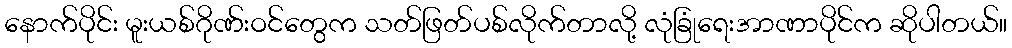
နောက်ပိုင်း မူးယစ်ဂိုဏ်းဝင်တွေက သတ်ဖြတ်ပစ်လိုက်တာလို့ လုံခြုံရေးအာဏာပိုင်က ဆိုပါတယ်။